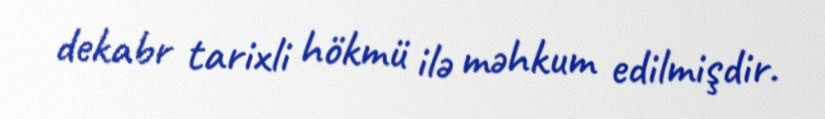
dekabr tarixli hökmü ilə məhkum edilmişdir.